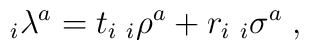
_i\lambda^a=t_i\;_i\rho^a+r_i\;_i\sigma^a\;,